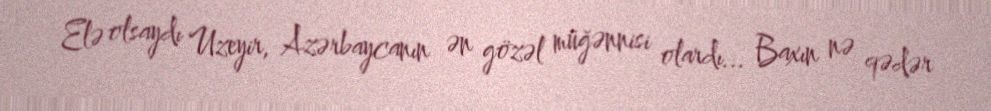
Elə olsaydı Uzeyir, Azərbaycanın ən gözəl müğənnisi olardı... Baxın nə qədər